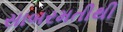
સાબરમતીથી